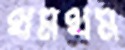
থমথম